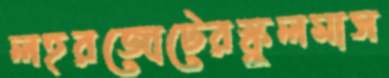
লহরজোটেরস্কুলমাস